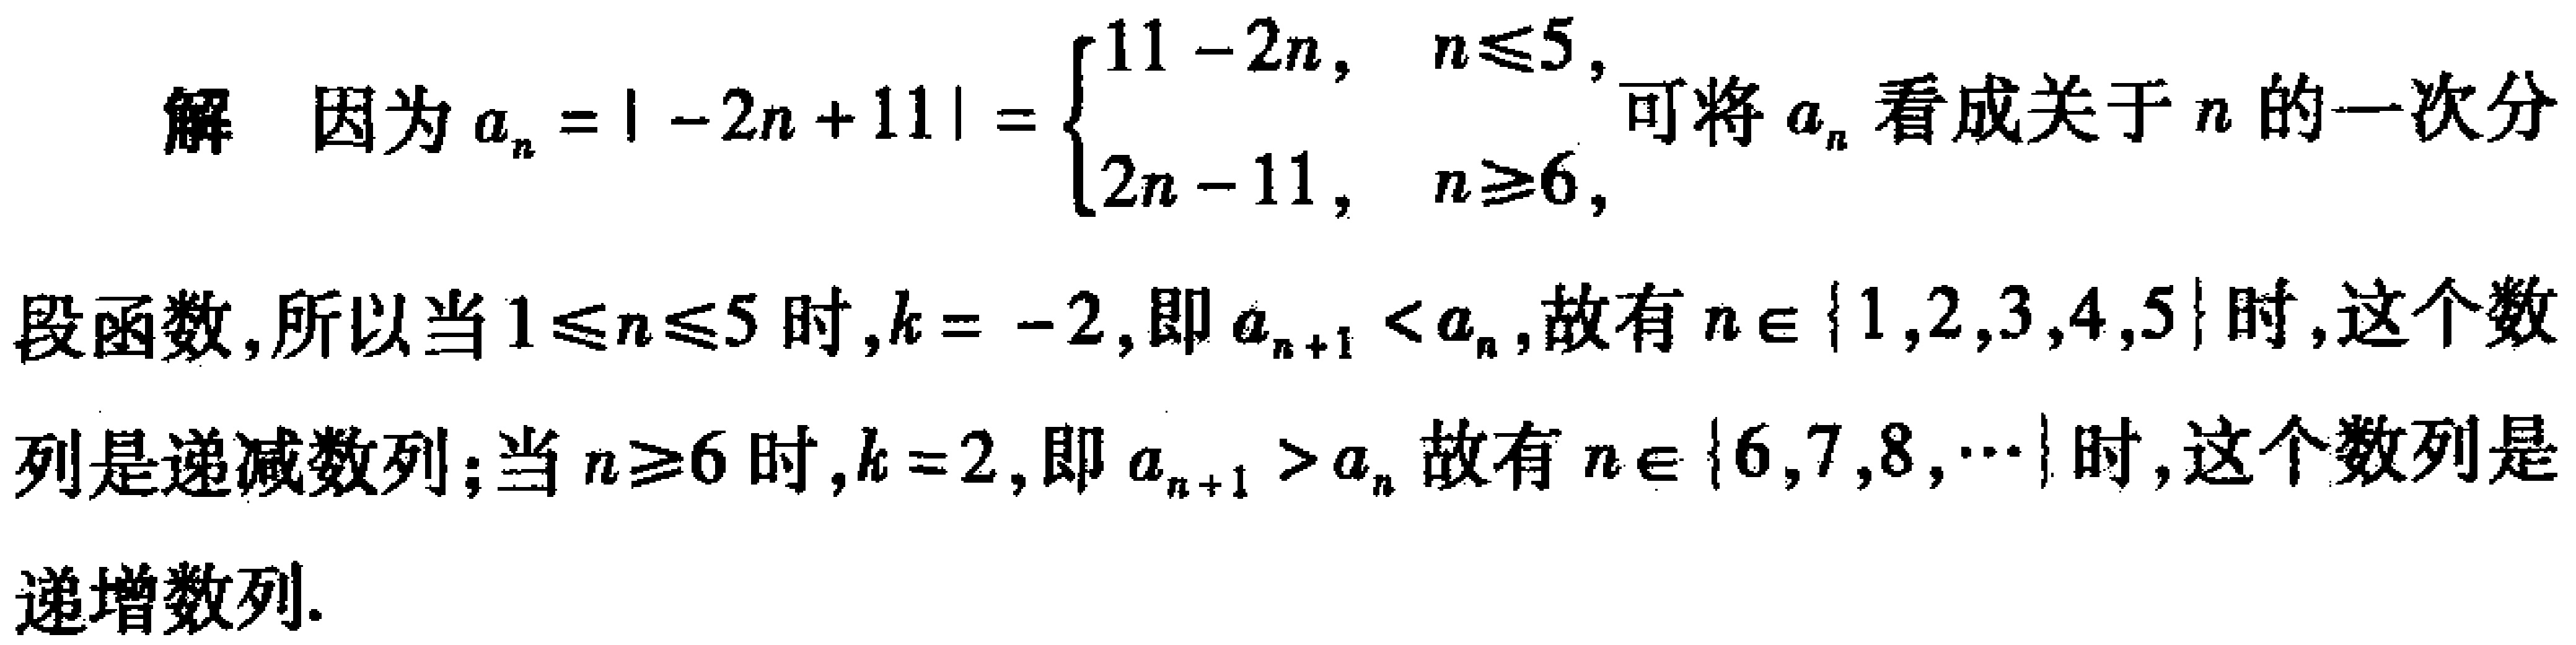
解 因为 \(a_{n}=|-2n + 11|=\begin{cases}11 - 2n, &n\leqslant5,\\2n - 11, &n\geqslant6,\end{cases}\) 可将 \(a_{n}\) 看成关于 \(n\) 的一次分
段函数,所以当 \(1\leqslant n\leqslant5\) 时,\(k = - 2\),即 \(a_{n + 1}<a_{n}\),故有 \(n\in\{1,2,3,4,5\}\) 时,这个数
列是递减数列;当 \(n\geqslant6\) 时,\(k = 2\),即 \(a_{n + 1}>a_{n}\) 故有 \(n\in\{6,7,8,\cdots\}\) 时,这个数列是
递增数列.